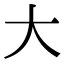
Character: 大